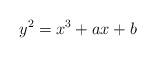
LaTeX: \begin{align*} y^{2}= x^{3}+ax+b \end{align*}